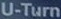
U-Turn